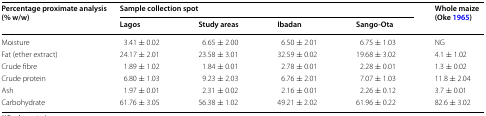
| <ROWSPAN=2> Percentage proximate analysis (% w/w) | <COLSPAN=4> Sample collection spot | <ROWSPAN=2> Whole maize (Oke 1965) |
 | Lagos | Study areas | Ibadan | Sango-Ota |
 | --- | --- | --- | --- | --- | --- |
 | Moisture | 3.41 ± 0.02 | 6.65 ± 2.00 | 6.50 ± 2.01 | 6.75 ± 1.03 | NG |
 | Fat (ether extract) | 24.17 ± 2.01 | 23.58 ± 3.01 | 32.59 ± 0.02 | 19.68 ± 3.02 | 4.1 ± 1.02 |
 | Crude fibre | 1.89 ± 1.02 | 1.84 ± 0.01 | 2.78 ± 0.01 | 2.28 ± 0.01 | 1.3 ± 0.02 |
 | Crude protein | 6.80 ± 1.03 | 9.23 ± 2.03 | 6.76 ± 2.01 | 7.07 ± 1.03 | 11.8 ± 2.04 |
 | Ash | 1.97 ± 0.01 | 2.31 ± 0.02 | 2.16 ± 0.01 | 2.26 ± 0.12 | 3.7 ± 0.01 |
 | Carbohydrate | 61.76 ± 3.05 | 56.38 ± 1.02 | 49.21 ± 2.02 | 61.96 ± 0.22 | 82.6 ± 3.02 |